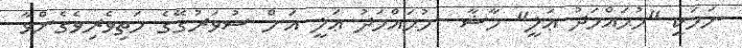
ނަމަކީ "މުޙައްމަދު ޢަލީ" މާޝާ  މުޙައްމަދު ޢަލީ އަށް ސުވަރުގޭގެ މަތިވެރިވެގެންވާ